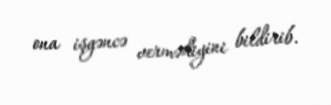
ona işgəncə vermədiyini bildirib.